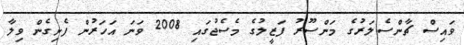
ވައިސް ޗާންސެލަރުގެ މަންސޫރު ފަޒީލުގެ މެސެޖުގައި 2008 ވަނަ އަހަރުން ފެށިގެން ވިލާ